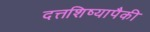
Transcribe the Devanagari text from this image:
दत्तशिष्यापैकी